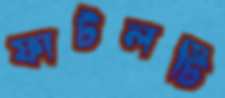
ফাটলটি